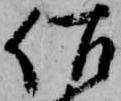
佐